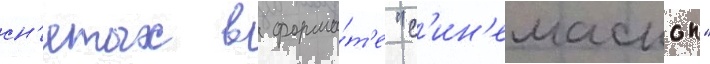
сн'ятых в форма́т'е "с'ин'емаскоп"